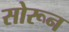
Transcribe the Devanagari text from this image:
सोरून